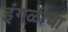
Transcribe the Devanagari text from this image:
इंगळीचा